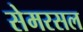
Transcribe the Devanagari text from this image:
सेमरसल